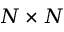
N \times N